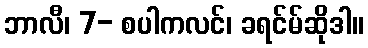
ဘာလီ၊ 7- စပါကလင်၊ ခရင်မ်ဆိုဒါ။